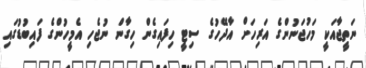
ނަތީޖާއަކީ މަހުޖަނުންގެ އަރިހަށް އާދޭހުގެ ސިޓީ ހިފައިގެން ހިގާން ނުޖެހި އެމީހުންގެ ފައިބުޑުގައި